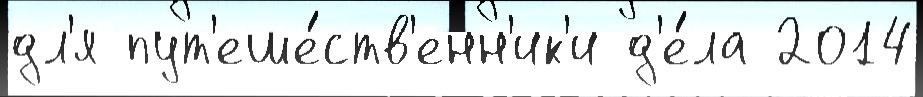
дл'я пут'еше́ств'енн'ик'и д'е́ла 2014